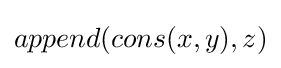
append(cons(x,y),z)